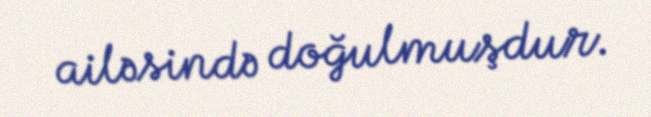
ailəsində doğulmuşdur.